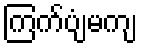
ကြက်ပျံမကျ